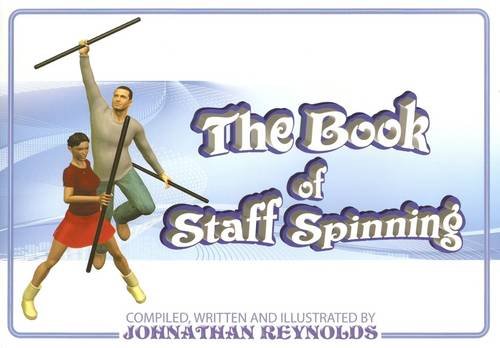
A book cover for The Book of Staff Spinning; Johnathan Reynolds; Sports & Outdoors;